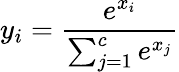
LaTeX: y_{i}={\frac{e^{x_{i}}}{\sum_{j=1}^{c}e^{x_{j}}}}